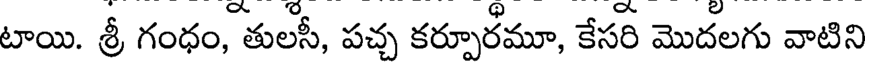
టాయి. శ్రీ గంధం, తులసీ, పచ్చ కర్పూరమూ, కేసరి మొదలగు వాటిని